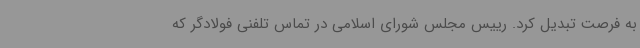
به فرصت تبدیل کرد. رییس مجلس شورای اسلامی در تماس تلفنی فولادگر که